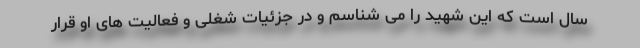
سال است که این شهید را می شناسم و در جزئیات شغلی و فعالیت های او قرار